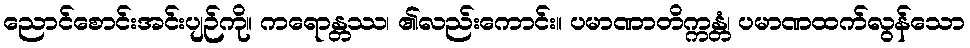
ညောင်စောင်းအင်းပျဉ်ကို။ ကရောန္တဿ၊ ၏လည်းကောင်း။ ပမာဏာတိက္ကန္တံ၊ ပမာဏထက်လွန်သော